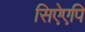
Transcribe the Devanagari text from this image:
सिऐएपि